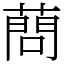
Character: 蔄